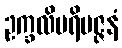
ဥက္ခလိပရိမဇ္ဇနံ